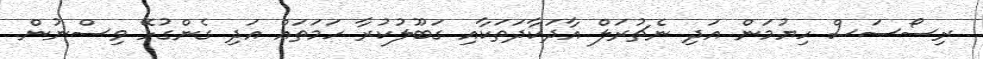
ރިސޯސަސް ހިޔުމަން އަދި ނެޗުރަލް އާދަކާދަތަކާއި ގަބޫލުކުރާ ހަމަތައް އަދި ގެންގުޅޭ ވިސްނުން.